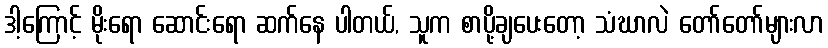
ဒါ့ကြောင့် မိုးရော ဆောင်းရော ဆက်နေ ပါတယ်, သူက စာပို့ချပေးတော့ သံဃာလဲ တော်တော်များလာ